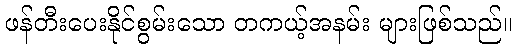
ဖန်တီးပေးနိုင်စွမ်းသော တကယ့်အနမ်း များဖြစ်သည်။